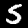
Label: 5